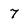
Character: 7